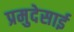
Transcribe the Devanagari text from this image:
प्रमुदेसाई